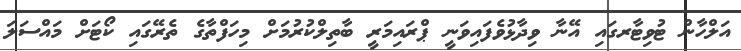
އަލްހާން ޓުވިޓާރގައި އޭނާ ވިދާޅުވެފައިވަނީ ޕްރައިމަރީ ބާތިލްކުރުމަށް މިހަފްތާގެ ތެރޭގައި ކޯޓަށް މައްސަލަ